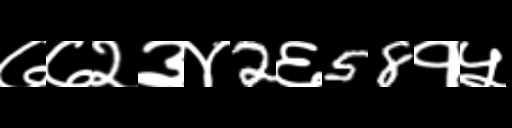
Text: ७७२३४2६58१५